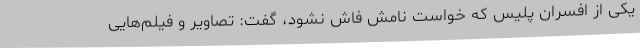
یکی از افسران پلیس که خواست نامش فاش نشود، گفت: تصاویر و فیلم‌هایی